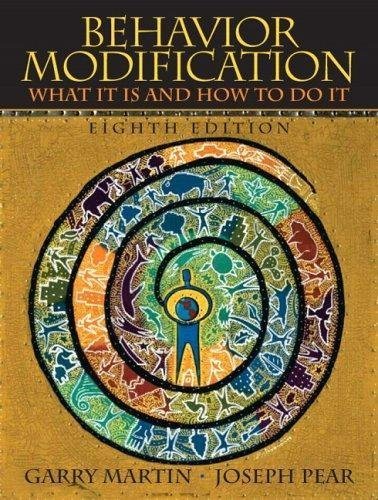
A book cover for Behavior Modification - What It Is And How To Do It (8th, Eighth Edition) - By Martin & Pear; Garry Martin / Joseph Pear; Self-Help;